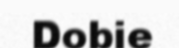
Dobie